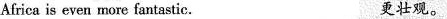
Africa is even more fantastic. 更壮观.